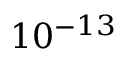
1 0 ^ { - 1 3 }